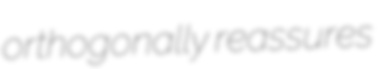
orthogonally reassures